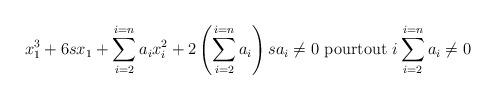
LaTeX: \begin{align*}x_{1}^{3}+6sx_{1}+\sum\limits_{i=2}^{i=n}a_{i}x_{i}^{2}+2\left(\sum\limits_{i=2}^{i=n}a_{i}\right) sa_{i}\neq 0\text{ pourtout }i\sum\limits_{i=2}^{i=n}a_{i}\neq 0 \end{align*}